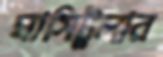
ঘাসিটুলার